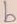
Text: b